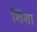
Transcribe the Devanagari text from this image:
शिंशा